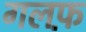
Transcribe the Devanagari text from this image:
गलफ़